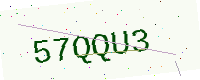
Text: 57QQU3